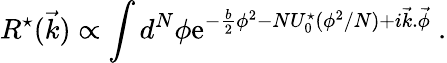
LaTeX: R^{\star}(\vec{k})\propto\int d^{N}\phi\mathrm{e}^{-{\frac{b}{2}}\phi^{2}-NU_{0}^{\star}(\phi^{2}/N)+i\vec{k}.\vec{\phi}}\ .